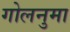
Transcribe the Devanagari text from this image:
गोलनुमा